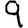
Digit: 9